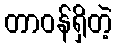
တာဝန်ရှိတဲ့